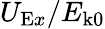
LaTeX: U_{\mathrm{E}x}/E_{\mathrm{k0}}